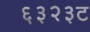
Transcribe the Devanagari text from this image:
६३२३ट